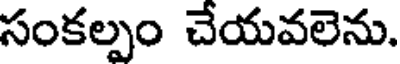
సంకల్పం చేయవలెను.